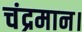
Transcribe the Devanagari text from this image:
चंद्रमान।